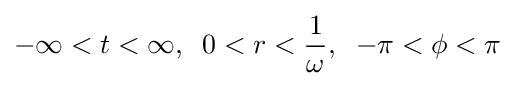
-\infty <t<\infty ,\;\;0<r<{\frac {1}{\omega }},\;\;-\pi <\phi <\pi